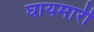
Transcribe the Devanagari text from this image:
घायमारी